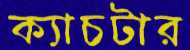
ক্যাচটার